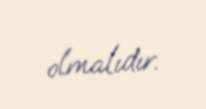
olmalıdır.